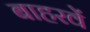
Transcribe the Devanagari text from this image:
बाहरवें